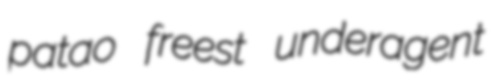
patao freest underagent